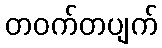
တဝက်တပျက်